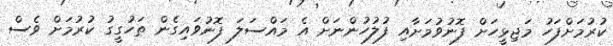
ކުރުމަށްފަހު މަޖިޅީހަށް ފޮނުވުމަށާއި ފުލުހުންނަށް އެ މައްސަލަ ފޮނުވައިގެން ތަހުގީގު ކުރުމަށް ވެސް